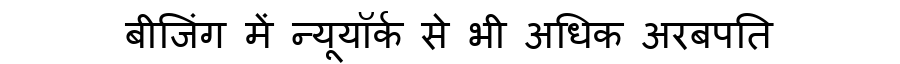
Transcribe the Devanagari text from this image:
बीजिंग में न्यूयॉर्क से भी अधिक अरबपति